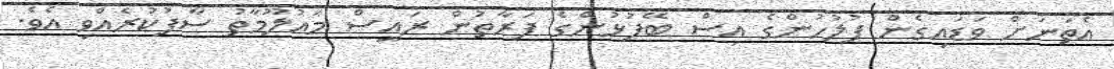
އެތަނަށް ވަޑައިގެން ފުލުހުންގެ އިސް ބޭފުޅުންގެ ފަރާތުން ރައީސް މައުލޫމާތު ސާފުކުރެއްވި އެވެ.